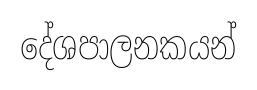
දේශපාලනකයන්